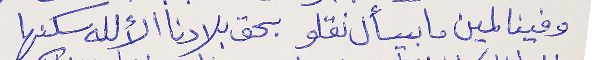
وفينا لمين ما بيسأل نقلو      بحق بلادنا الألله سكنها